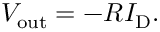
V _ { \mathrm { o u t } } = - R I _ { \mathrm { D } } .